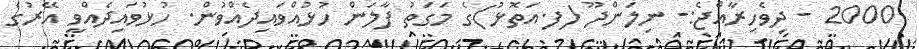
2000 - ދިވެހިރާއްޖެ:- ނިލަންދޫ (ފ.އަތޮޅު)ގެ މަގަތު ފާލަން ހުޅުއްވައިދެއްވުން. ހުޅުވައިދެއްވީ އޭރުގެ